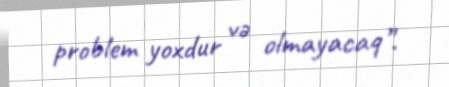
problem yoxdur və olmayacaq”.